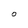
Character: O